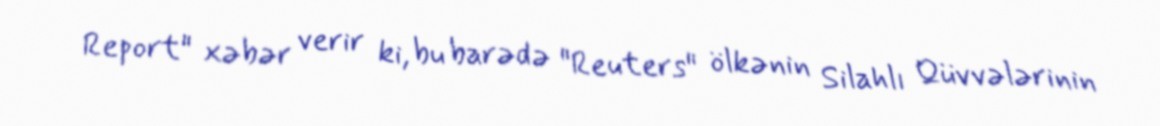
Report" xəbər verir ki, bu barədə "Reuters" ölkənin Silahlı Qüvvələrinin